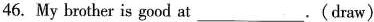
46.My brother is good at___.(draw)